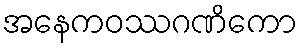
အနေကဝဿဂဏိကော